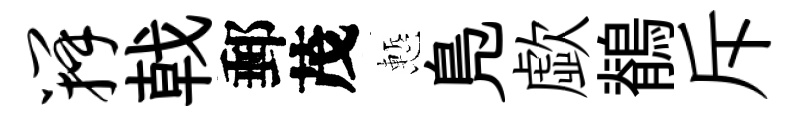
瓣戟郵茂慙鳬歔鶺斥